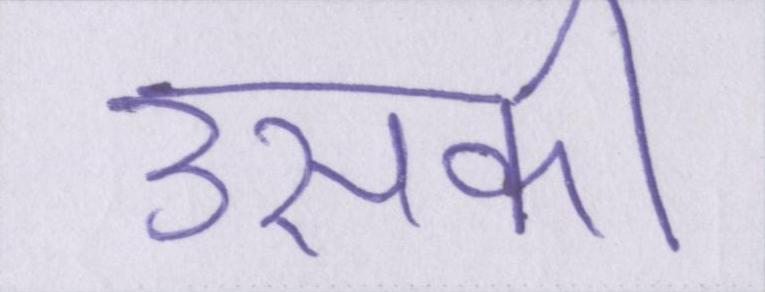
उसकी